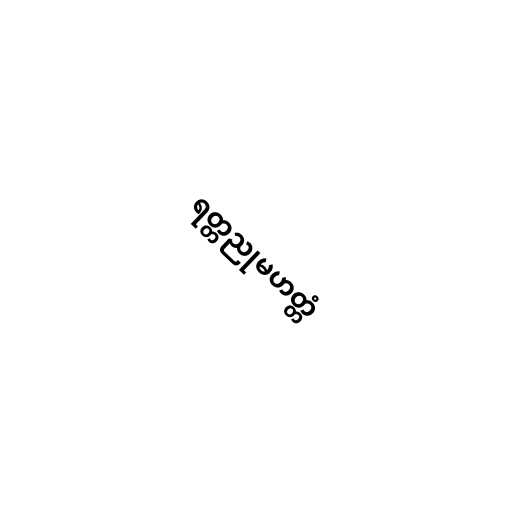
ရတ္တညုမဟတ္တံ